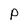
Character: P